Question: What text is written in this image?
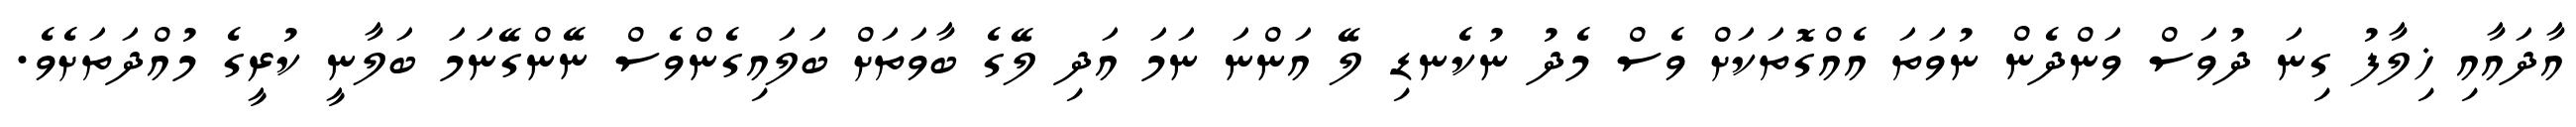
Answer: އާދައާއި ޚިލާފު ގިނަ ދުވަސް ވަންދެން ނުވަތަ އެއްގޮތަކަށް ވެސް މެދު ނުކެނޑި ލޭ އަންނަ ނަމަ އަދި ލޭގެ ބާވަތަށް ބަލައިގެންވެސް ނޭންގޭނަމަ ބަލާނީ ކުރީގެ މުއްދަތަށެވެ.